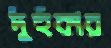
দুঁহুঁকার